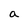
Character: a